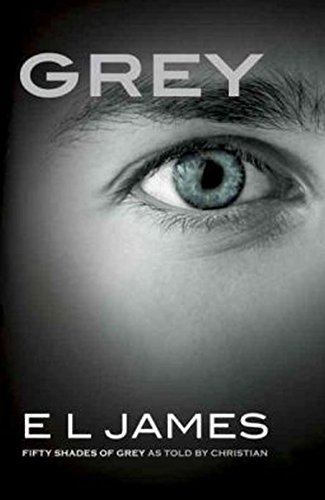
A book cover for Grey: Fifty Shades of Grey as Told by Christian (Fifty Shades of Grey Series); E L James; Romance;